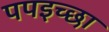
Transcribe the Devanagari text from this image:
पपइच्छा